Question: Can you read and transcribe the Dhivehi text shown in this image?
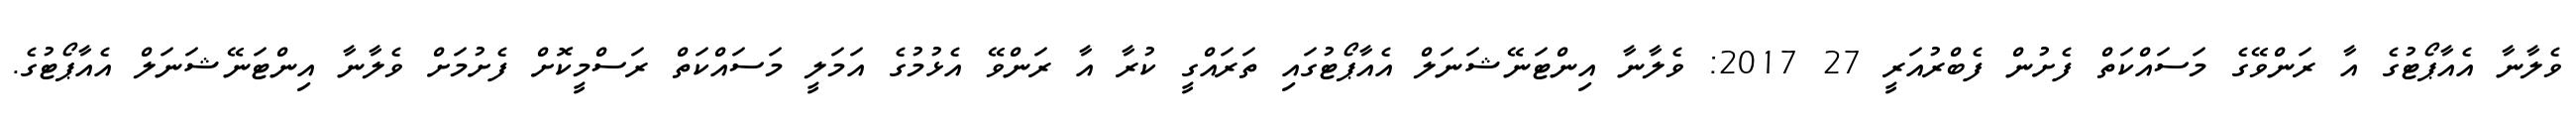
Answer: ވެލާނާ އެއާޕޯޓުގެ އާ ރަންވޭގެ މަސައްކަތް ފެށުން ފެބްރުއަރީ 27 2017: ވެލާނާ އިންޓަނޭޝަނަލް އެއާޕޯޓުގައި ތަރައްގީ ކުރާ އާ ރަންވޭ އެޅުމުގެ އަމަލީ މަސައްކަތް ރަސްމީކޮށް ފެށުމަށް ވެލާނާ އިންޓަނޭޝަނަލް އެއާޕޯޓުގެ.